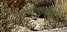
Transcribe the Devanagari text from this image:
जागरणातील